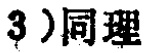
3）同理